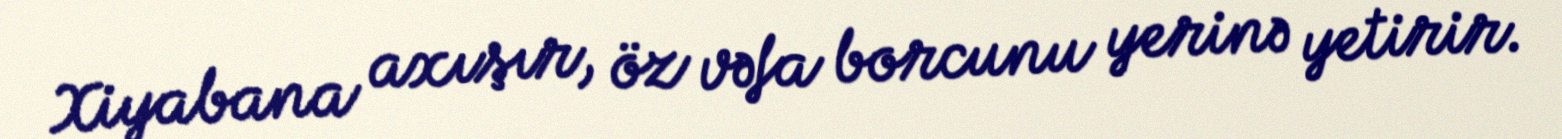
Xiyabana axışır, öz vəfa borcunu yerinə yetirir.